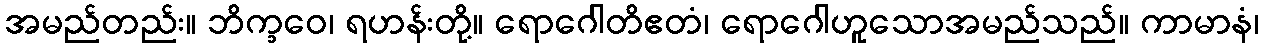
အမည်တည်း။ ဘိက္ခဝေ၊ ရဟန်းတို့။ ရောဂေါတိဧတံ၊ ရောဂေါဟူသောအမည်သည်။ ကာမာနံ၊